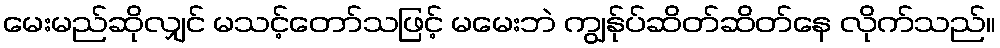
မေးမည်ဆိုလျှင် မသင့်တော်သဖြင့် မမေးဘဲ ကျွန်ုပ်ဆိတ်ဆိတ်နေ လိုက်သည်။